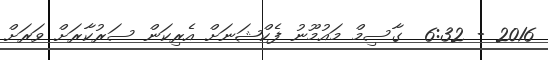
2016 - 6:32  ގާސިމް މައުމޫނު ފެކްޝަނަށް އެރިކަން ސަރުކާރަށް ވަރަށް